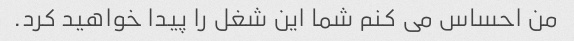
من احساس می کنم شما این شغل را پیدا خواهید کرد.